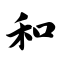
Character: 和